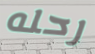
رحله